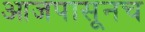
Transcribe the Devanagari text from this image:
आजपासूनच